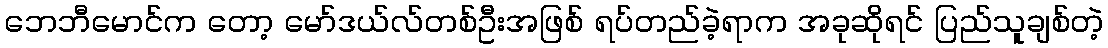
ဘေဘီမောင်က တော့ မော်ဒယ်လ်တစ်ဦးအဖြစ် ရပ်တည်ခဲ့ရာက အခုဆိုရင် ပြည်သူချစ်တဲ့